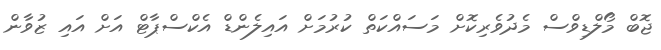
ޖޮބް މޯލްޑިވްސް މެދުވެރިކޮށް މަސައްކަތް ކުރުމަށް އައިލެންޑް އެކްސްޕާޓް އަށް އައި ޒުވާން